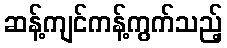
ဆန့်ကျင်ကန့်ကွက်သည့်